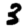
Digit: 3